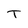
Character: T